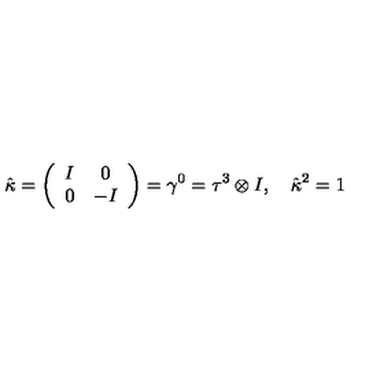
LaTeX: \hat { \kappa } = \left( \begin{array} { c c } { I } & { 0 } \\ { 0 } & { - I } \\ \end{array} \right) = \gamma ^ { 0 } = \tau ^ { 3 } \otimes I , \quad \hat { \kappa } ^ { 2 } = 1